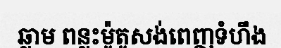
ឆ្លាម ពន្លះម៉ូតូសង់ពេញទំហឹង